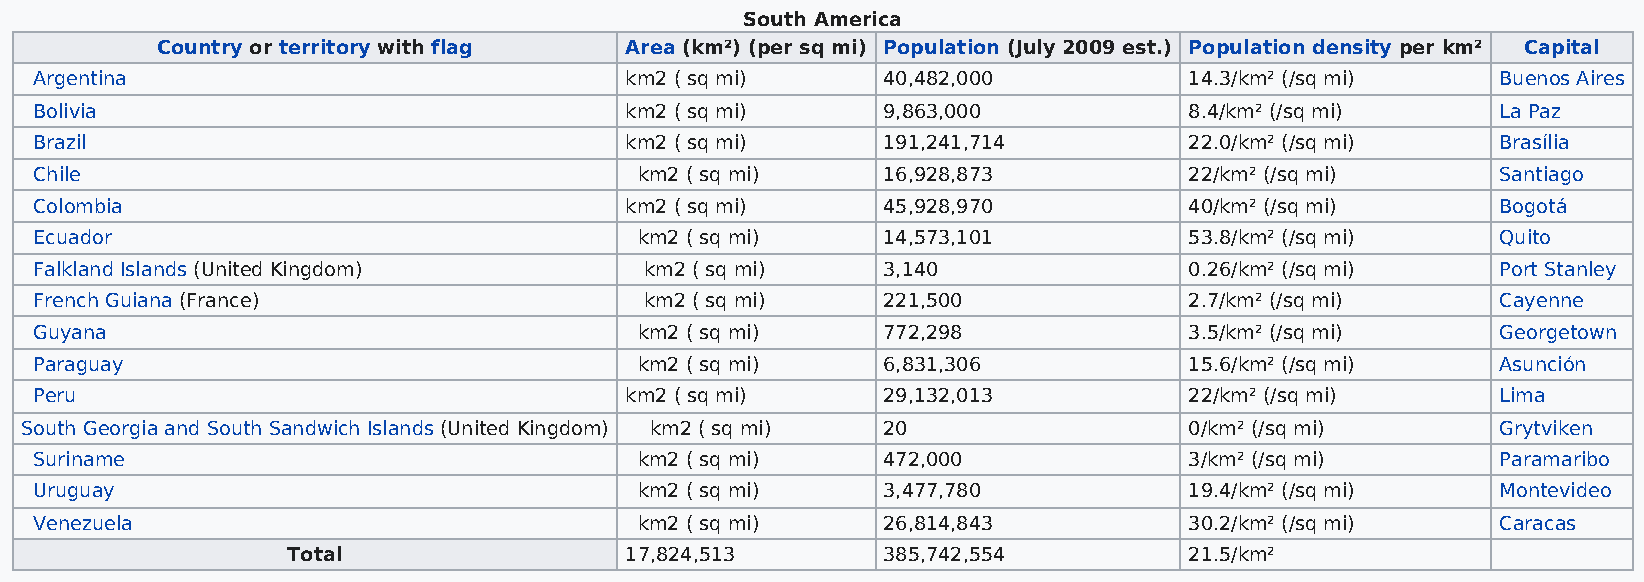
South America
 Country or territory with flag Area (km²) (per sq mi) Population (July 2009 est.) Population density per km² Capital
 Argentina                              km2 ( sq mi)     40,482,000           14.3/km² (/sq mi)   Buenos Aires
 Bolivia                                km2 ( sq mi)     9,863,000            8.4/km² (/sq mi)    La Paz
 Brazil                                 km2 ( sq mi)     191,241,714          22.0/km² (/sq mi)   Brasília
 Chile                                   km2 ( sq mi)    16,928,873           22/km² (/sq mi)     Santiago
 Colombia                               km2 ( sq mi)     45,928,970           40/km² (/sq mi)     Bogotá
 Ecuador                                 km2 ( sq mi)    14,573,101           53.8/km² (/sq mi)   Quito
 Falkland Islands (United Kingdom)        km2 ( sq mi)   3,140                0.26/km² (/sq mi)   Port Stanley
 French Guiana (France)                   km2 ( sq mi)   221,500              2.7/km² (/sq mi)    Cayenne
 Guyana                                  km2 ( sq mi)    772,298              3.5/km² (/sq mi)    Georgetown
 Paraguay                                km2 ( sq mi)    6,831,306            15.6/km² (/sq mi)   Asunción
 Peru                                   km2 ( sq mi)     29,132,013           22/km² (/sq mi)     Lima
 South Georgia and South Sandwich Islands (United Kingdom) km2 ( sq mi) 20     0/km² (/sq mi)      Grytviken
 Suriname                                km2 ( sq mi)    472,000              3/km² (/sq mi)      Paramaribo
 Uruguay                                 km2 ( sq mi)    3,477,780            19.4/km² (/sq mi)   Montevideo
 Venezuela                               km2 ( sq mi)    26,814,843           30.2/km² (/sq mi)   Caracas
 Total                 17,824,513       385,742,554          21.5/km²